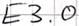
Text: E3.0